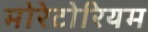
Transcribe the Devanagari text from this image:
मोरेटोरियम